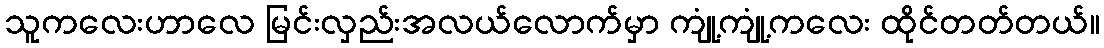
သူကလေးဟာလေ မြင်းလှည်းအလယ်လောက်မှာ ကျုံ့ကျုံ့ကလေး ထိုင်တတ်တယ်။